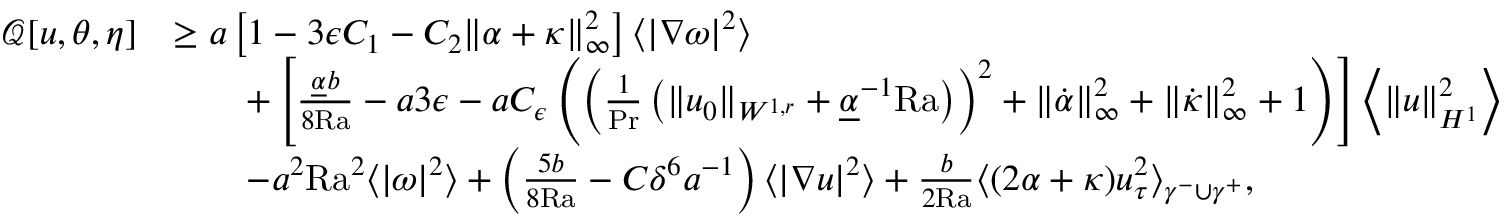
\begin{array} { r l } { \mathcal { Q } [ u , \theta , \eta ] } & { \geq a \left[ 1 - 3 \epsilon C _ { 1 } - C _ { 2 } \| \alpha + \kappa \| _ { \infty } ^ { 2 } \right] \langle | \nabla \omega | ^ { 2 } \rangle } \\ & { \qquad + \left[ \frac { \underline { { \alpha } } b } { 8 \mathrm { { R a } } } - a 3 \epsilon - a C _ { \epsilon } \left( \left( \frac { 1 } { \mathrm { P r } } \left( \| u _ { 0 } \| _ { W ^ { 1 , r } } + \underline { { \alpha } } ^ { - 1 } \mathrm { { R a } } \right) \right) ^ { 2 } + \| \dot { \alpha } \| _ { \infty } ^ { 2 } + \| \dot { \kappa } \| _ { \infty } ^ { 2 } + 1 \right) \right] \left\langle \| u \| _ { H ^ { 1 } } ^ { 2 } \right\rangle } \\ & { \qquad - a ^ { 2 } { \mathrm { R a } } ^ { 2 } \langle | \omega | ^ { 2 } \rangle + \left( \frac { 5 b } { 8 \mathrm { { R a } } } - C \delta ^ { 6 } a ^ { - 1 } \right) \langle | \nabla u | ^ { 2 } \rangle + \frac { b } { 2 { \mathrm { R a } } } \langle ( 2 \alpha + \kappa ) u _ { \tau } ^ { 2 } \rangle _ { \gamma ^ { - } \cup \gamma ^ { + } } , } \end{array}